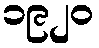
၁၉၂၀